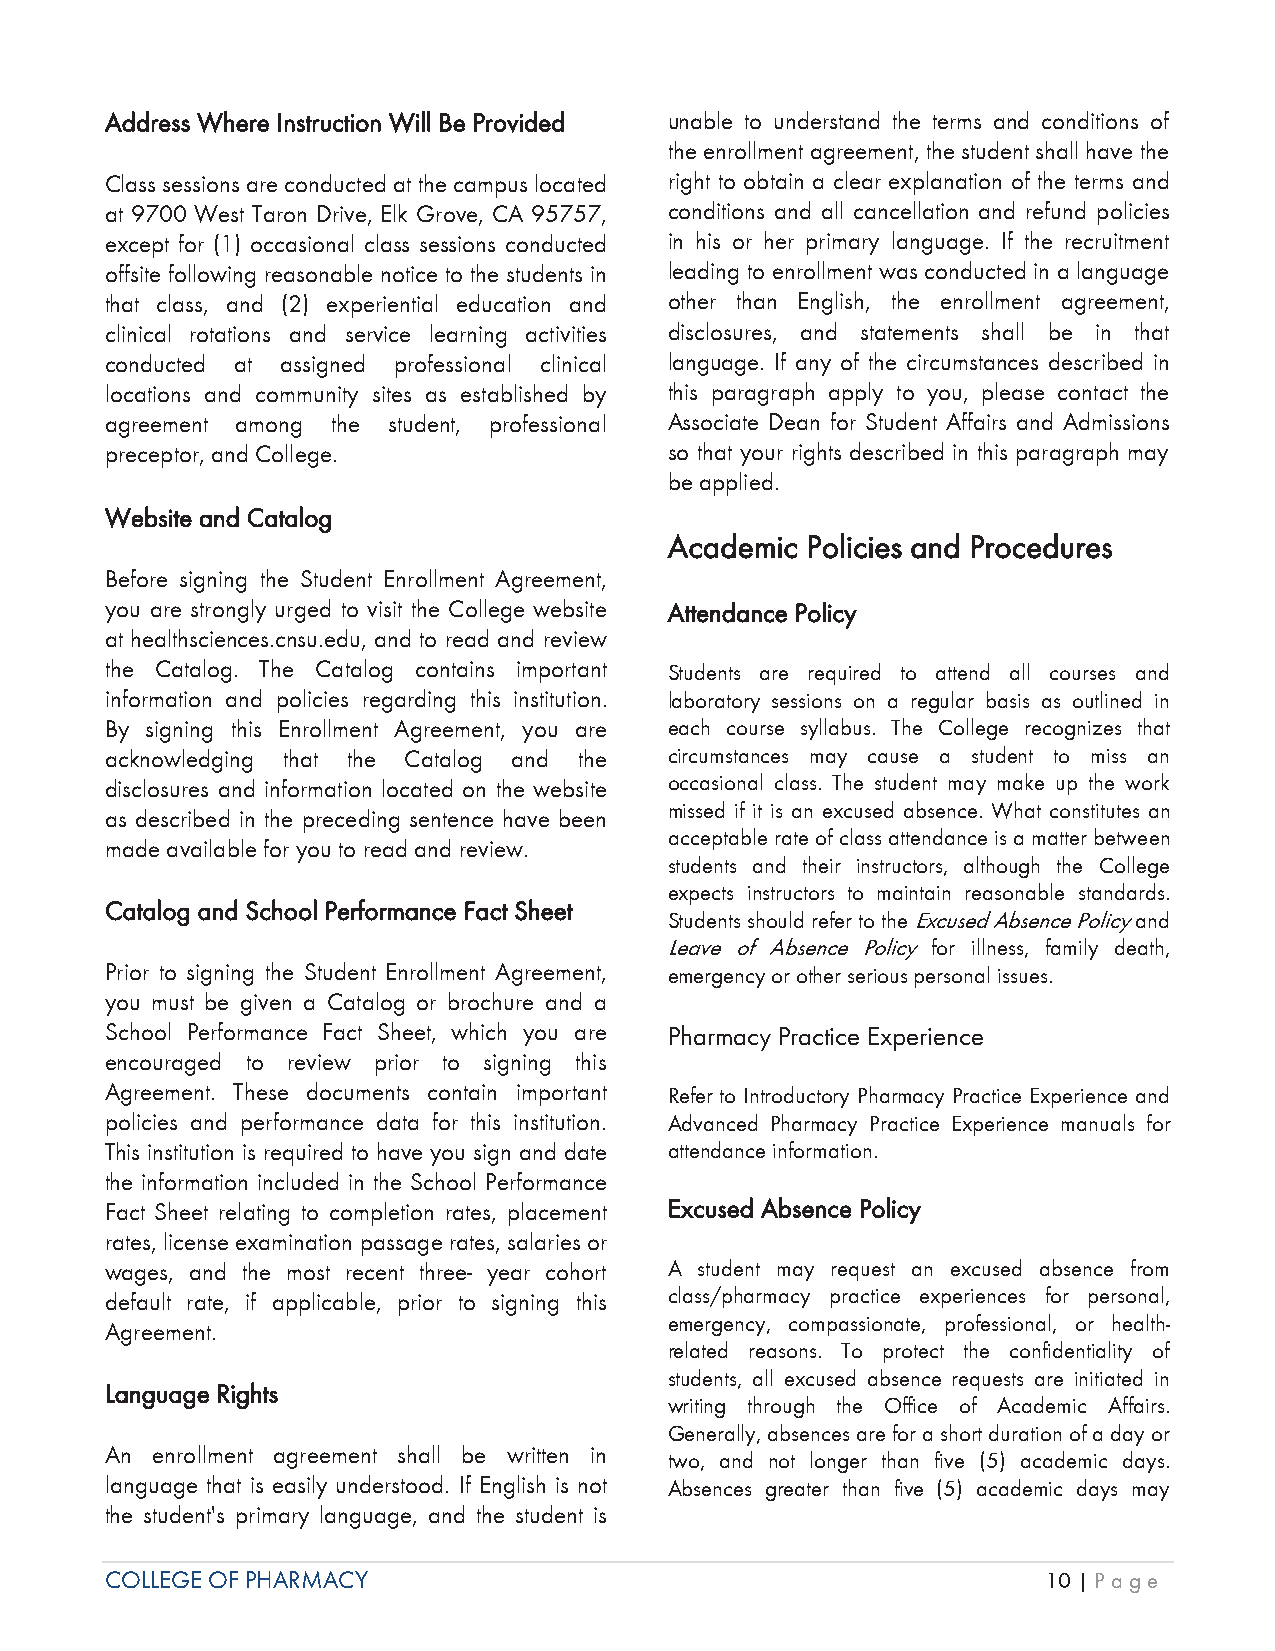
AAddress Where Instruction Will Be Provided unable to understand the terms and conditions of
 the enrollment agreement, the student shall have the
 Class sessions are conducted at the campus located right to obtain a clear explanation of the terms and
 at 9700 West Taron Drive, Elk Grove, CA 95757, conditions and all cancellation and refund policies
 except for (1) occasional class sessions conducted in his or her primary language. If the recruitment
 offsite following reasonable notice to the students in leading to enrollment was conducted in a language
 that class, and (2) experiential education and other than English, the enrollment agreement,
 clinical rotations and service learning activities disclosures, and statements shall be in that
 conducted at assigned professional clinical language. If any of the circumstances described in
 locations and community sites as established by this paragraph apply to you, please contact the
 agreement among the student, professional Associate Dean for Student Affairs and Admissions
 preceptor, and College.              so that your rights described in this paragraph may
 be applied.
 Website and Catalog
 Academic Policies and Procedures
 Before signing the Student Enrollment Agreement,
 you are strongly urged to visit the College website Attendance Policy
 at healthsciences.cnsu.edu, and to read and review
 the Catalog. The Catalog contains important Students are required to attend all courses and
 information and policies regarding this institution. laboratory sessions on a regular basis as outlined in
 By signing this Enrollment Agreement, you are each course syllabus. The College recognizes that
 acknowledging that the Catalog and the circumstances may cause a student to miss an
 disclosures and information located on the website occasional class. The student may make up the work
 missed if it is an excused absence. What constitutes an
 as described in the preceding sentence have been
 acceptable rate of class attendance is a matter between
 made available for you to read and review.
 students and their instructors, although the College
 expects instructors to maintain reasonable standards.
 Catalog and School Performance Fact Sheet
 Students should refer to the Excused Absence Policy and
 Leave of Absence Policy for illness, family death,
 Prior to signing the Student Enrollment Agreement, emergency or other serious personal issues.
 you must be given a Catalog or brochure and a
 School Performance Fact Sheet, which you are Pharmacy Practice Experience
 encouraged to review prior to signing this
 Agreement. These documents contain important Refer to Introductory Pharmacy Practice Experience and
 policies and performance data for this institution. Advanced Pharmacy Practice Experience manuals for
 This institution is required to have you sign and date attendance information.
 the information included in the School Performance
 Fact Sheet relating to completion rates, placement Excused Absence Policy
 rates, license examination passage rates, salaries or
 wages, and the most recent three- year cohort A student may request an excused absence from
 default rate, if applicable, prior to signing this class/pharmacy practice experiences for personal,
 emergency, compassionate, professional, or health-
 Agreement.
 related reasons. To protect the confidentiality of
 students, all excused absence requests are initiated in
 Language Rights
 writing through the Office of Academic Affairs.
 Generally, absences are for a short duration of a day or
 An enrollment agreement shall be written in
 two, and not longer than five (5) academic days.
 language that is easily understood. If English is not Absences greater than five (5) academic days may
 the student's primary language, and the student is
 COLLEGE OF PHARMACY                                           10 | Page